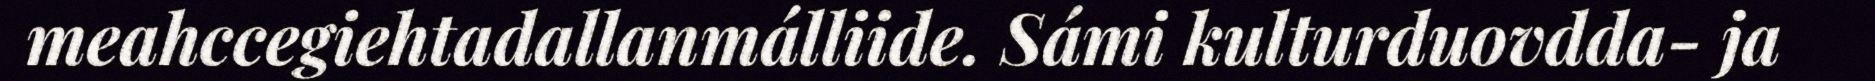
meahccegiehtadallanmálliide. Sámi kulturduovdda- ja